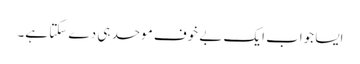
ایسا جواب ایک بے خوف موحد ہی دے سکتا ہے۔